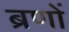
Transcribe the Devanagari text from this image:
ब्रणों